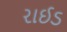
રાઈડ